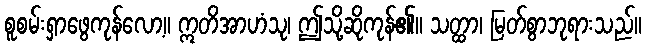
စူစမ်းရှာဖွေကုန်လော့။ ဣတိအာဟံသု၊ ဤသို့ဆိုကုန်၏။ သတ္ထာ၊ မြတ်စွာဘုရားသည်။